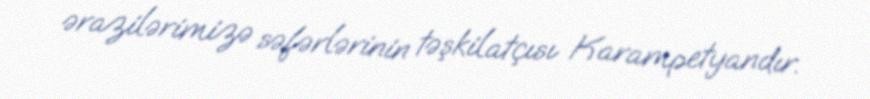
ərazilərimizə səfərlərinin təşkilatçısı Karampetyandır.